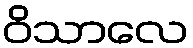
ဝိသာလေ